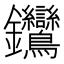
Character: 𨰽